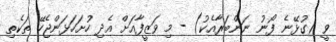
ވީ (ގުޅޭނެ ފޯނު ނަންބަރާއެކު) - މި ވަޒީފާއަށް އެދި ހުށަހަޅަންޖެހޭ ތަކެތި